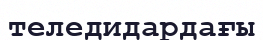
теледидардағы